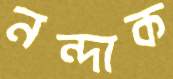
নন্দাক